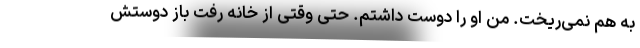
به هم نمی‌ریخت. من او را دوست داشتم. حتی وقتی از خانه رفت باز دوستش